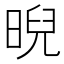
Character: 晲